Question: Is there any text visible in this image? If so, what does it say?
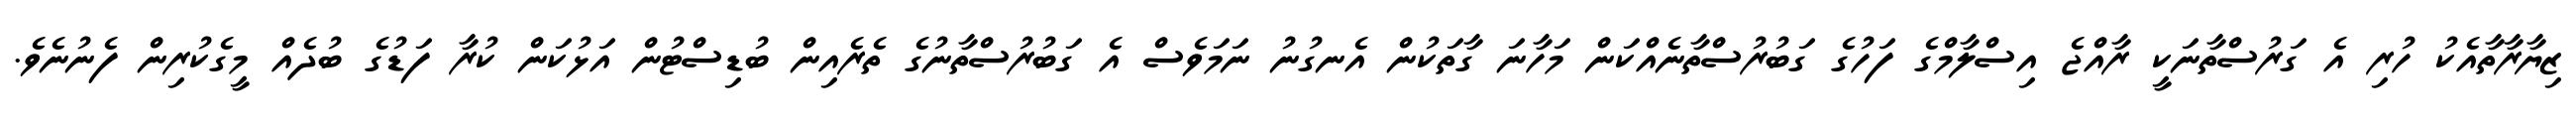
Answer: ޒިޔާރާތާއެކު ހުރި އެ ގަރުސްތާނަކީ ރާއްޖެ އިސްލާމްގެ ފަހުގެ ގަބުރުސްތާނެއްކަން މަހާނަ ގާތަކުން އެނގުނު ނަމަވެސް އެ ގަބުރުސްތާނުގެ ތެރެއިން ބުޑިސްޓުން އަޅުކަން ކުރާ ފަޑުގެ ބުދެއް މީގެކުރިން ފެނުނެވެ.